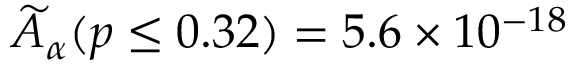
\widetilde { A } _ { \alpha } ( p \leq 0 . 3 2 ) = 5 . 6 \times 1 0 ^ { - 1 8 }